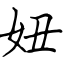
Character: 妞